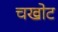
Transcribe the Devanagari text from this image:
चखोट